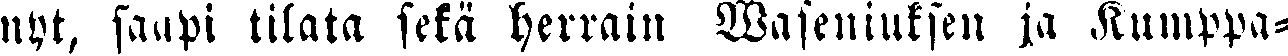
nyt, saapi tilata sekä herrain Waseniuksen ja Kumppa-